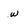
Character: w